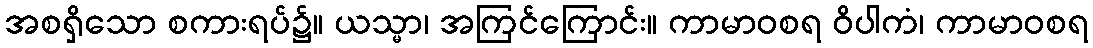
အစရှိသော စကားရပ်၌။ ယသ္မာ၊ အကြင်ကြောင်း။ ကာမာဝစရ ဝိပါကံ၊ ကာမာဝစရ